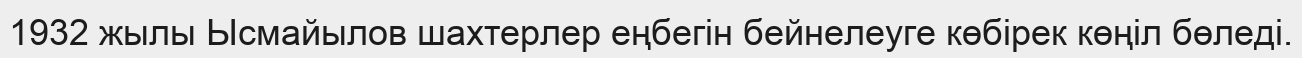
1932 жылы Ысмайылов шахтерлер еңбегін бейнелеуге көбірек көңіл бөледі.